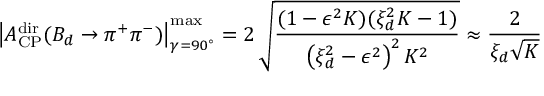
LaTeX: \left| { \cal A } _ { \mathrm { C P } } ^ { \mathrm { d i r } } ( B _ { d } \to \pi ^ { + } \pi ^ { - } ) \right| _ { \gamma = 9 0 ^ { \circ } } ^ { \mathrm { m a x } } = 2 \, \sqrt { \frac { ( 1 - \epsilon ^ { 2 } { \cal K } ) ( \xi _ { d } ^ { 2 } { \cal K } - 1 ) } { \left( \xi _ { d } ^ { 2 } - \epsilon ^ { 2 } \right) ^ { 2 } { \cal K } ^ { 2 } } } \approx \frac { 2 } { \xi _ { d } \sqrt { { \cal K } } }